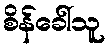
စိန်ခေါ်သူ